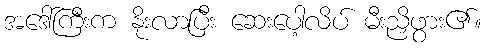
အဒေါ်ကြီးက နိုးလာပြီး ဆေးပေါ့လိပ် မီးညှိဖွား၏။